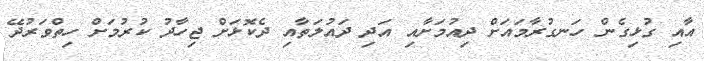
އާއި ގުޅިގެން ހަނގުރާމައަށް ދިއުމަށާއި އަދި ދައުލަތާއި ދެކޮޅަށް ޖިހާދު ކުރުމަށް ހިތްވަރުދޭ